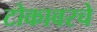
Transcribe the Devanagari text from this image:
टोकावरचे